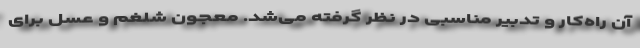
آن راه‌کار و تدبیر مناسبی در نظر گرفته می‌شد. معجون شلغم و عسل برای